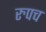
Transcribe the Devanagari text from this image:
रुपच